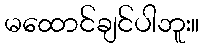
မထောင်ချင်ပါဘူး။